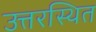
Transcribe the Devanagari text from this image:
उत्तरस्थित